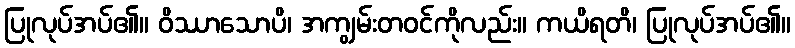
ပြုလုပ်အပ်၏။ ဝိဿာသောပိ၊ အကျွမ်းတဝင်ကိုလည်း။ ကယိရတိ၊ ပြုလုပ်အပ်၏။